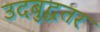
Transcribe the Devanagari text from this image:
उदबुद्धतर